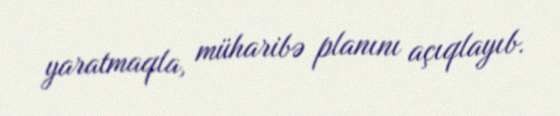
yaratmaqla, müharibə planını açıqlayıb.